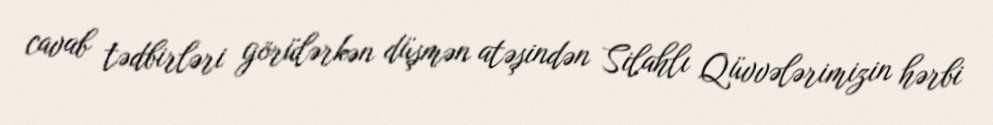
cavab tədbirləri görülərkən düşmən atəşindən Silahlı Qüvvələrimizin hərbi